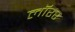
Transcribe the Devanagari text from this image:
लॉरर